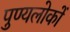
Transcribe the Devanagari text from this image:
पुण्यलोकों